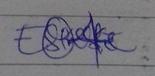
Signature authenticity: genuine